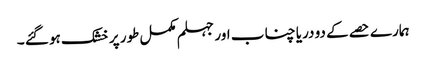
ہمارے حصے کے دو دریا چناب اور جہلم مکمل طور پر خشک ہو گئے ۔